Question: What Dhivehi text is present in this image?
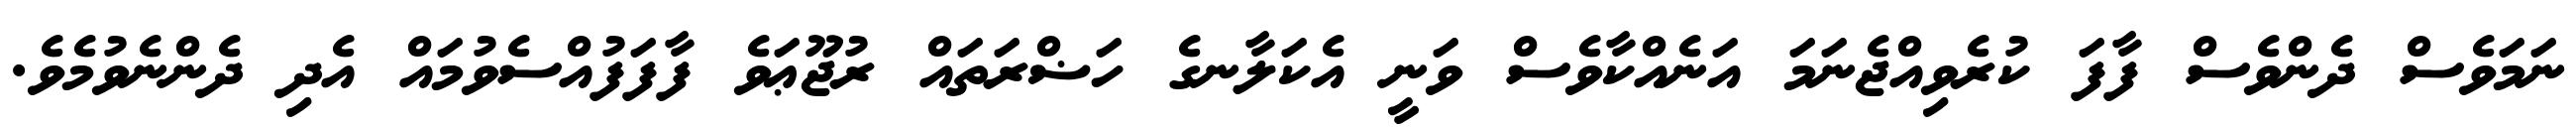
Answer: ނަމަވެސް ދެންވެސް ފާފަ ކުރެވިއްޖެނަމަ އަނެއްކާވެސް ވަނީ އެކަލާނގެ ހަޟްރަތައް ރުޖޫޢަވެ ފާފަފުއްސެވުމައް އެދި ދެންނެވުމެވެ.